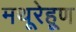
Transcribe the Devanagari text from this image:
मथूरेहूण